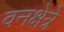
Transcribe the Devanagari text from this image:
वनक्षेत्रे